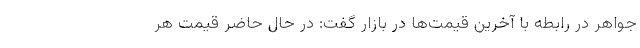
جواهر در رابطه با آخرین قیمت‌ها در بازار گفت: در حال حاضر قیمت هر